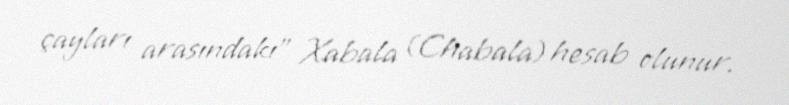
çayları arasındakı" Xabala (Chabala) hesab olunur.